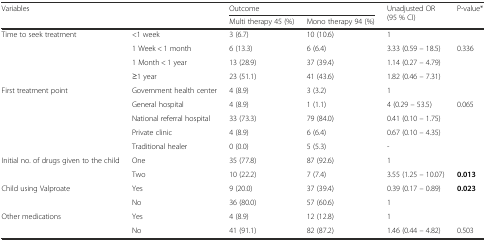
<table><thead><tr><td rowspan="2" colspan="2"><b>Variables</b></td><td colspan="2"><b>Outcome</b></td><td rowspan="2"><b>Unadjusted OR (95 % CI)</b></td><td rowspan="2"><b>P-value*</b></td></tr><tr><td><b>Multi therapy 45 (%)</b></td><td><b>Mono therapy 94 (%)</b></td></tr></thead><tbody><tr><td rowspan="4">Time to seek treatment</td><td>&lt;1 week</td><td>3 (6.7)</td><td>10 (10.6)</td><td>1</td><td></td></tr><tr><td>1 Week &lt; 1 month</td><td>6 (13.3)</td><td>6 (6.4)</td><td>3.33 (0.59 – 18.5)</td><td>0.336</td></tr><tr><td>1 Month &lt; 1 year</td><td>13 (28.9)</td><td>37 (39.4)</td><td>1.14 (0.27 – 4.79)</td><td></td></tr><tr><td>≥1 year</td><td>23 (51.1)</td><td>41 (43.6)</td><td>1.82 (0.46 – 7.31)</td><td></td></tr><tr><td rowspan="5">First treatment point</td><td>Government health center</td><td>4 (8.9)</td><td>3 (3.2)</td><td>1</td><td></td></tr><tr><td>General hospital</td><td>4 (8.9)</td><td>1 (1.1)</td><td>4 (0.29 – 53.5)</td><td>0.065</td></tr><tr><td>National referral hospital</td><td>33 (73.3)</td><td>79 (84.0)</td><td>0.41 (0.10 – 1.75)</td><td></td></tr><tr><td>Private clinic</td><td>4 (8.9)</td><td>6 (6.4)</td><td>0.67 (0.10 – 4.35)</td><td></td></tr><tr><td>Traditional healer</td><td>0 (0.0)</td><td>5 (5.3)</td><td>-</td><td></td></tr><tr><td rowspan="2">Initial no. of drugs given to the child</td><td>One</td><td>35 (77.8)</td><td>87 (92.6)</td><td>1</td><td></td></tr><tr><td>Two</td><td>10 (22.2)</td><td>7 (7.4)</td><td>3.55 (1.25 – 10.07)</td><td><b>0.013</b></td></tr><tr><td rowspan="2">Child using Valproate</td><td>Yes</td><td>9 (20.0)</td><td>37 (39.4)</td><td>0.39 (0.17 – 0.89)</td><td><b>0.023</b></td></tr><tr><td>No</td><td>36 (80.0)</td><td>57 (60.6)</td><td>1</td><td></td></tr><tr><td>Other medications</td><td>Yes</td><td>4 (8.9)</td><td>12 (12.8)</td><td>1</td><td></td></tr><tr><td></td><td>No</td><td>41 (91.1)</td><td>82 (87.2)</td><td>1.46 (0.44 – 4.82)</td><td>0.503</td></tr></tbody></table>